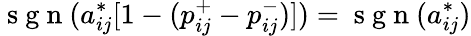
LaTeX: \mathrm{~s~g~n~}(a_{ij}^{*}[1-(p_{ij}^{+}-p_{ij}^{-})])=\mathrm{~s~g~n~}(a_{ij}^{*})